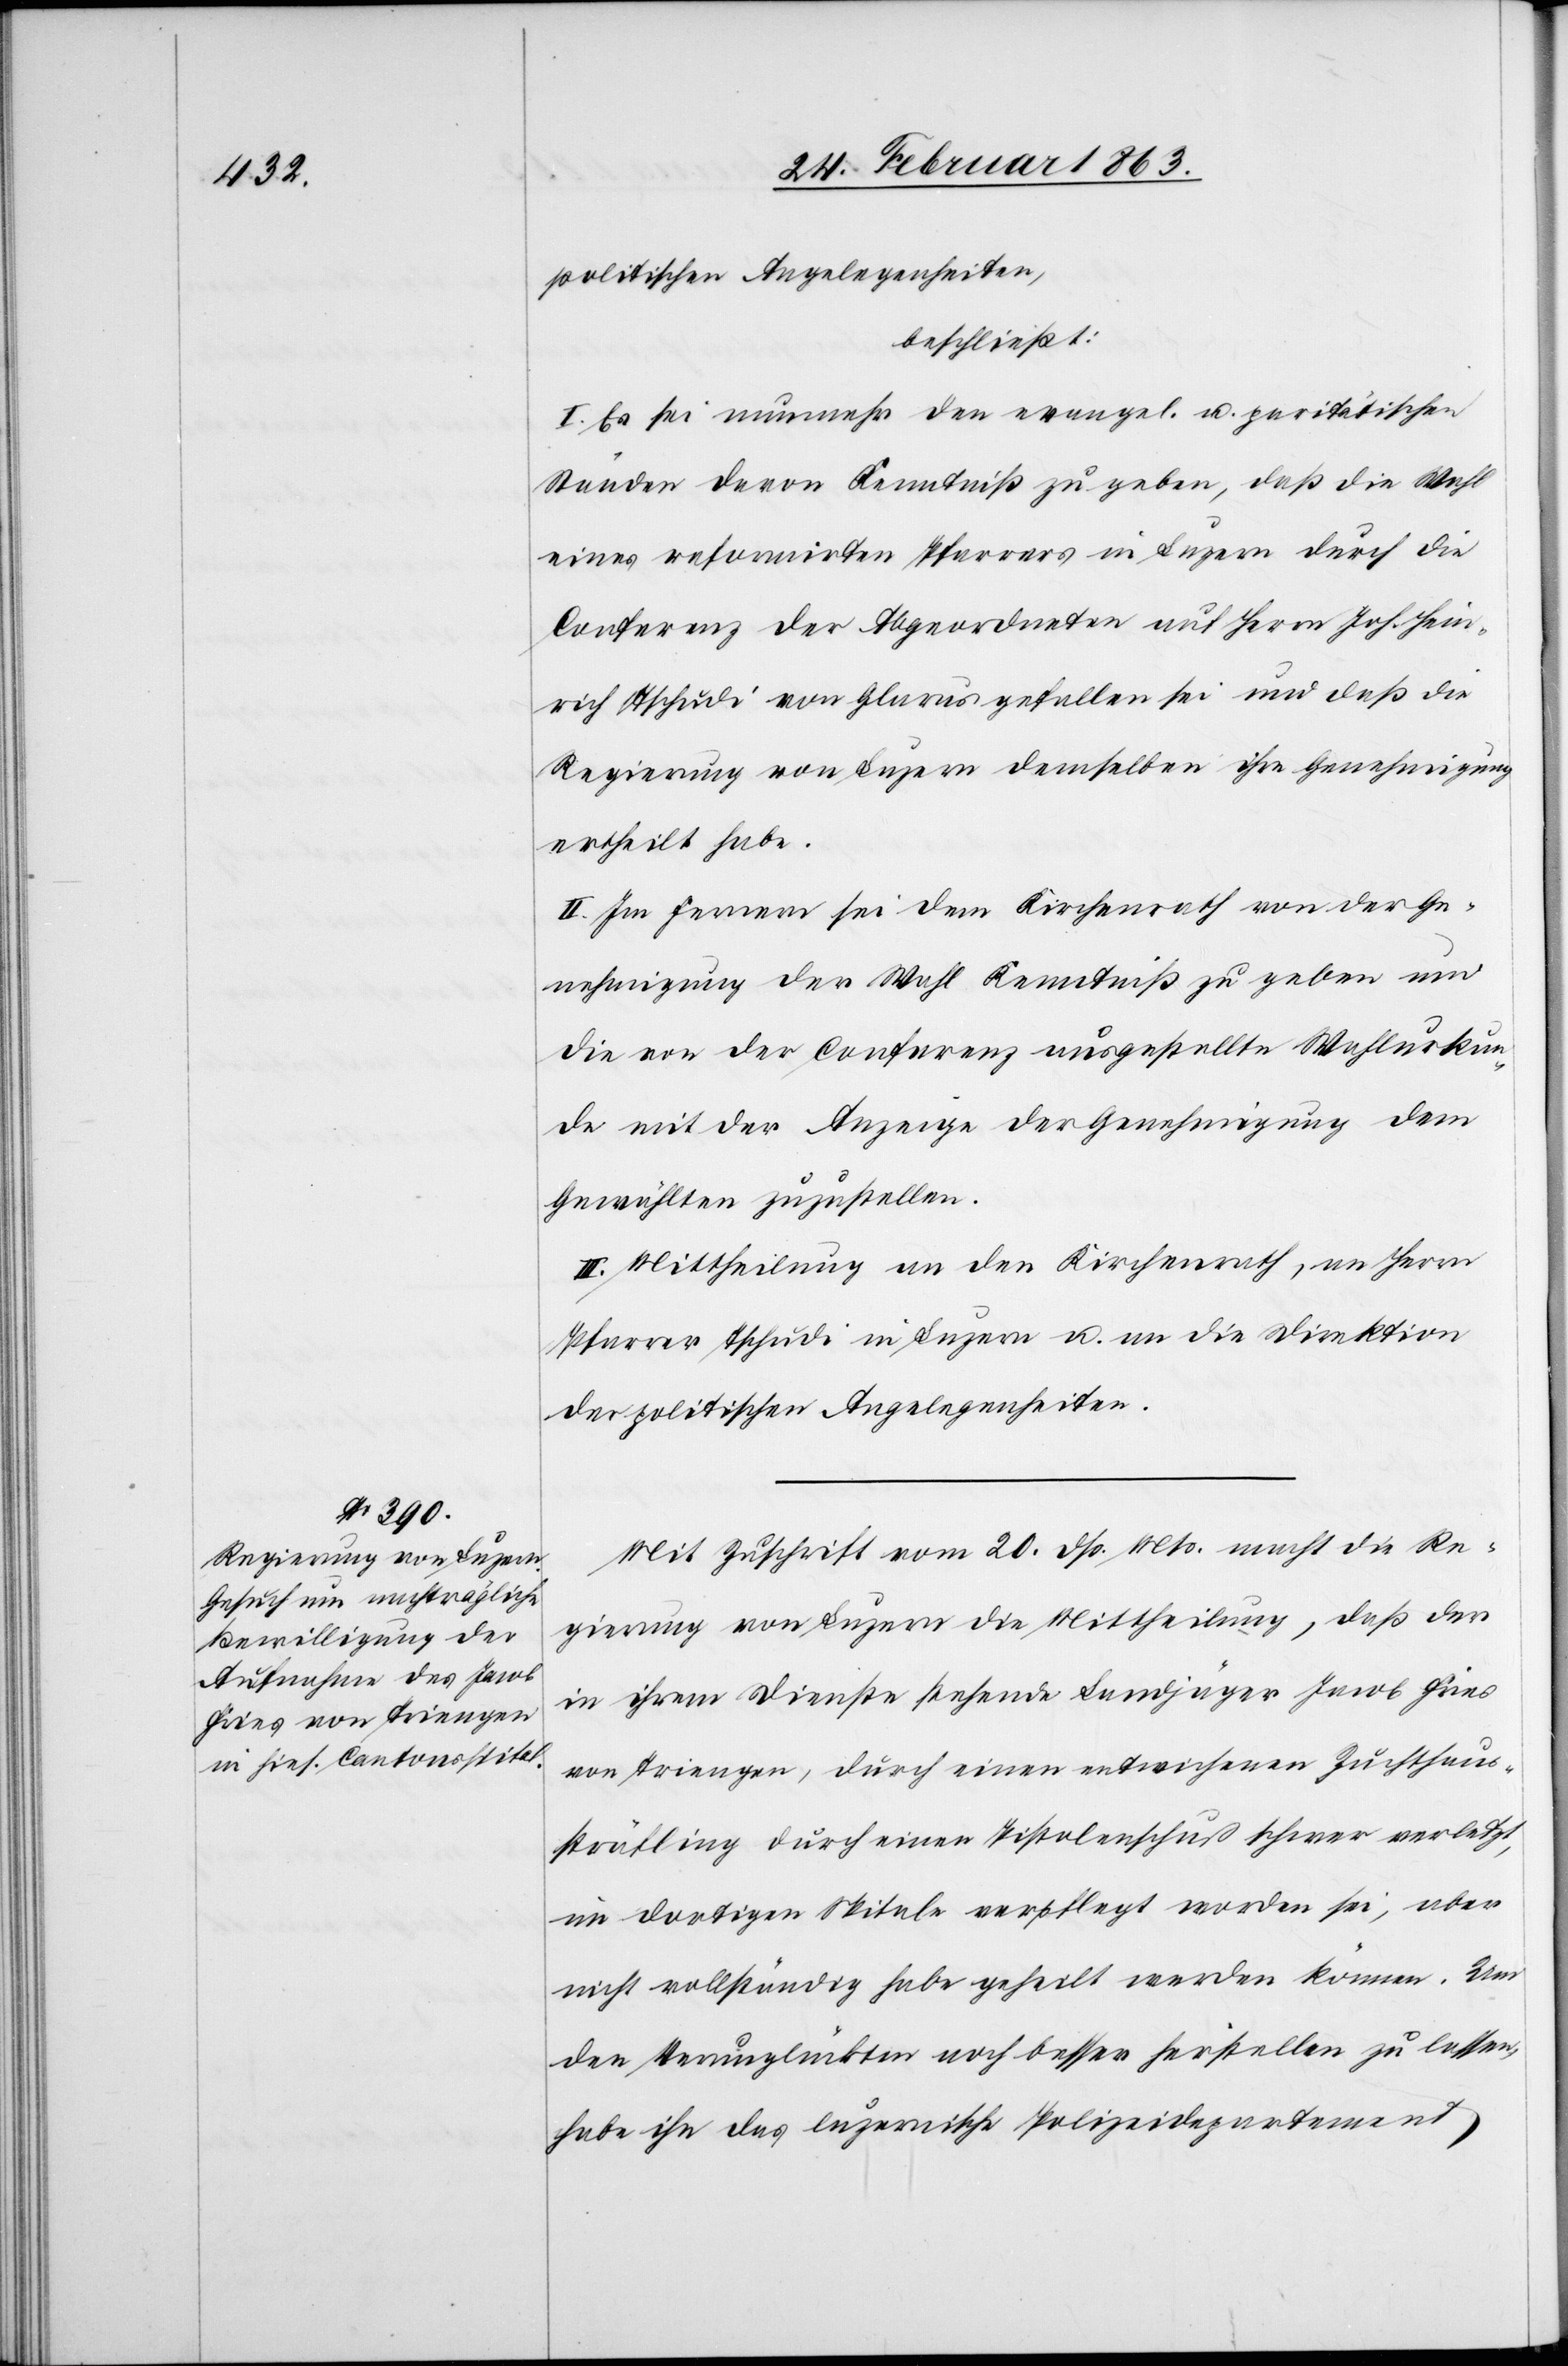
politischen Angelegenheiten,
beschließt:
I. Es sei nunmehr den evangel. u. paritätischen
Ständen davon Kenntniß zu geben, daß die Wahl
eines reformirten Pfarrers in Luzern durch die
Conferenz der Abgeordneten auf Herrn Joh. Hein¬
rich Tschudi von Glarus gefallen sei und daß die
Regierung von Luzern demselben ihre Genehmigung
ertheilt habe.
II. Im Fernern sei dem Kirchenrath von der Ge¬
nehmigung der Wahl Kenntniß zu geben und
die von der Conferenz ausgestellte Wahlurkun¬
de mit der Anzeige der Genehmigung dem
Gewählten zuzustellen.
III. Mittheilung an den Kirchenrath, an Herrn
Pfarrer Tschudi in Luzern u. an die Direktion
der politischen Angelegenheiten.
Mit Zuschrift vom 20. dß. Mts. macht die Re¬
gierung von Luzern die Mittheilung, daß der
in ihrem Dienste stehende Landjäger Jacob Fries
von Triengen, durch einen entwichenen Zuchthaus¬
sträfling durch einen Pistolenschuß schwer verletzt,
im dortigen Spitale verpflegt worden sei, aber
nicht vollständig habe geheilt werden können. Um
den Verunglückten noch besser herstellen zu lassen,
habe ihn das luzernische Polizeidepartement